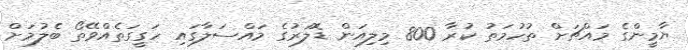
ޔާމީންގެ މައްޗަށް ތުހުމަތު ކުރާ 800 މިލިއަން ޑޮލަރުގެ މައްސަލާގައި ހަގީގަތެއްވޭތޯ ބެލުމަށް